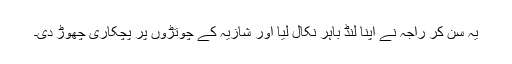
یہ سن کر راجہ نے اپنا لنڈ باہر نکال لیا اور شازیہ کے چوتڑوں پر پچکاری چھوڑ دی۔